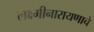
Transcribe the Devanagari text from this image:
लक्ष्मीनारायणाचे